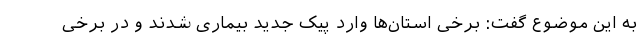
به این موضوع گفت: برخی استان‌ها وارد پیک جدید بیماری شدند و در برخی